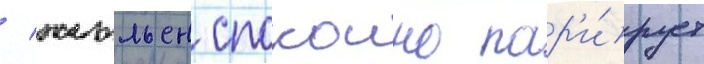
/ жюльен спокоино пар'и́рует